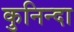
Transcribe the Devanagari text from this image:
कुनिन्दा